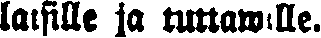
laisille ja tuttawille.